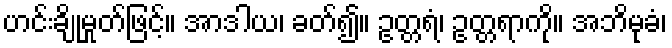
ဟင်းချိုမှုတ်ဖြင့်။ အာဒါယ၊ ခတ်၍။ ဥတ္တရံ၊ ဥတ္တရာကို။ အဘိမုခံ၊